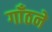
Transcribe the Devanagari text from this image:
गाँठने